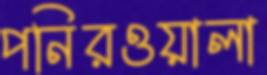
পনিরওয়ালা